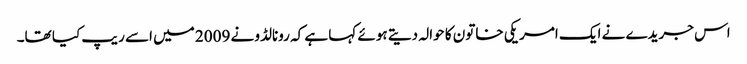
اس جریدے نے ایک امریکی خاتون کا حوالہ دیتے ہوئے کہا ہے کہ رونالڈو نے 2009 میں اسے ریپ کیا تھا۔